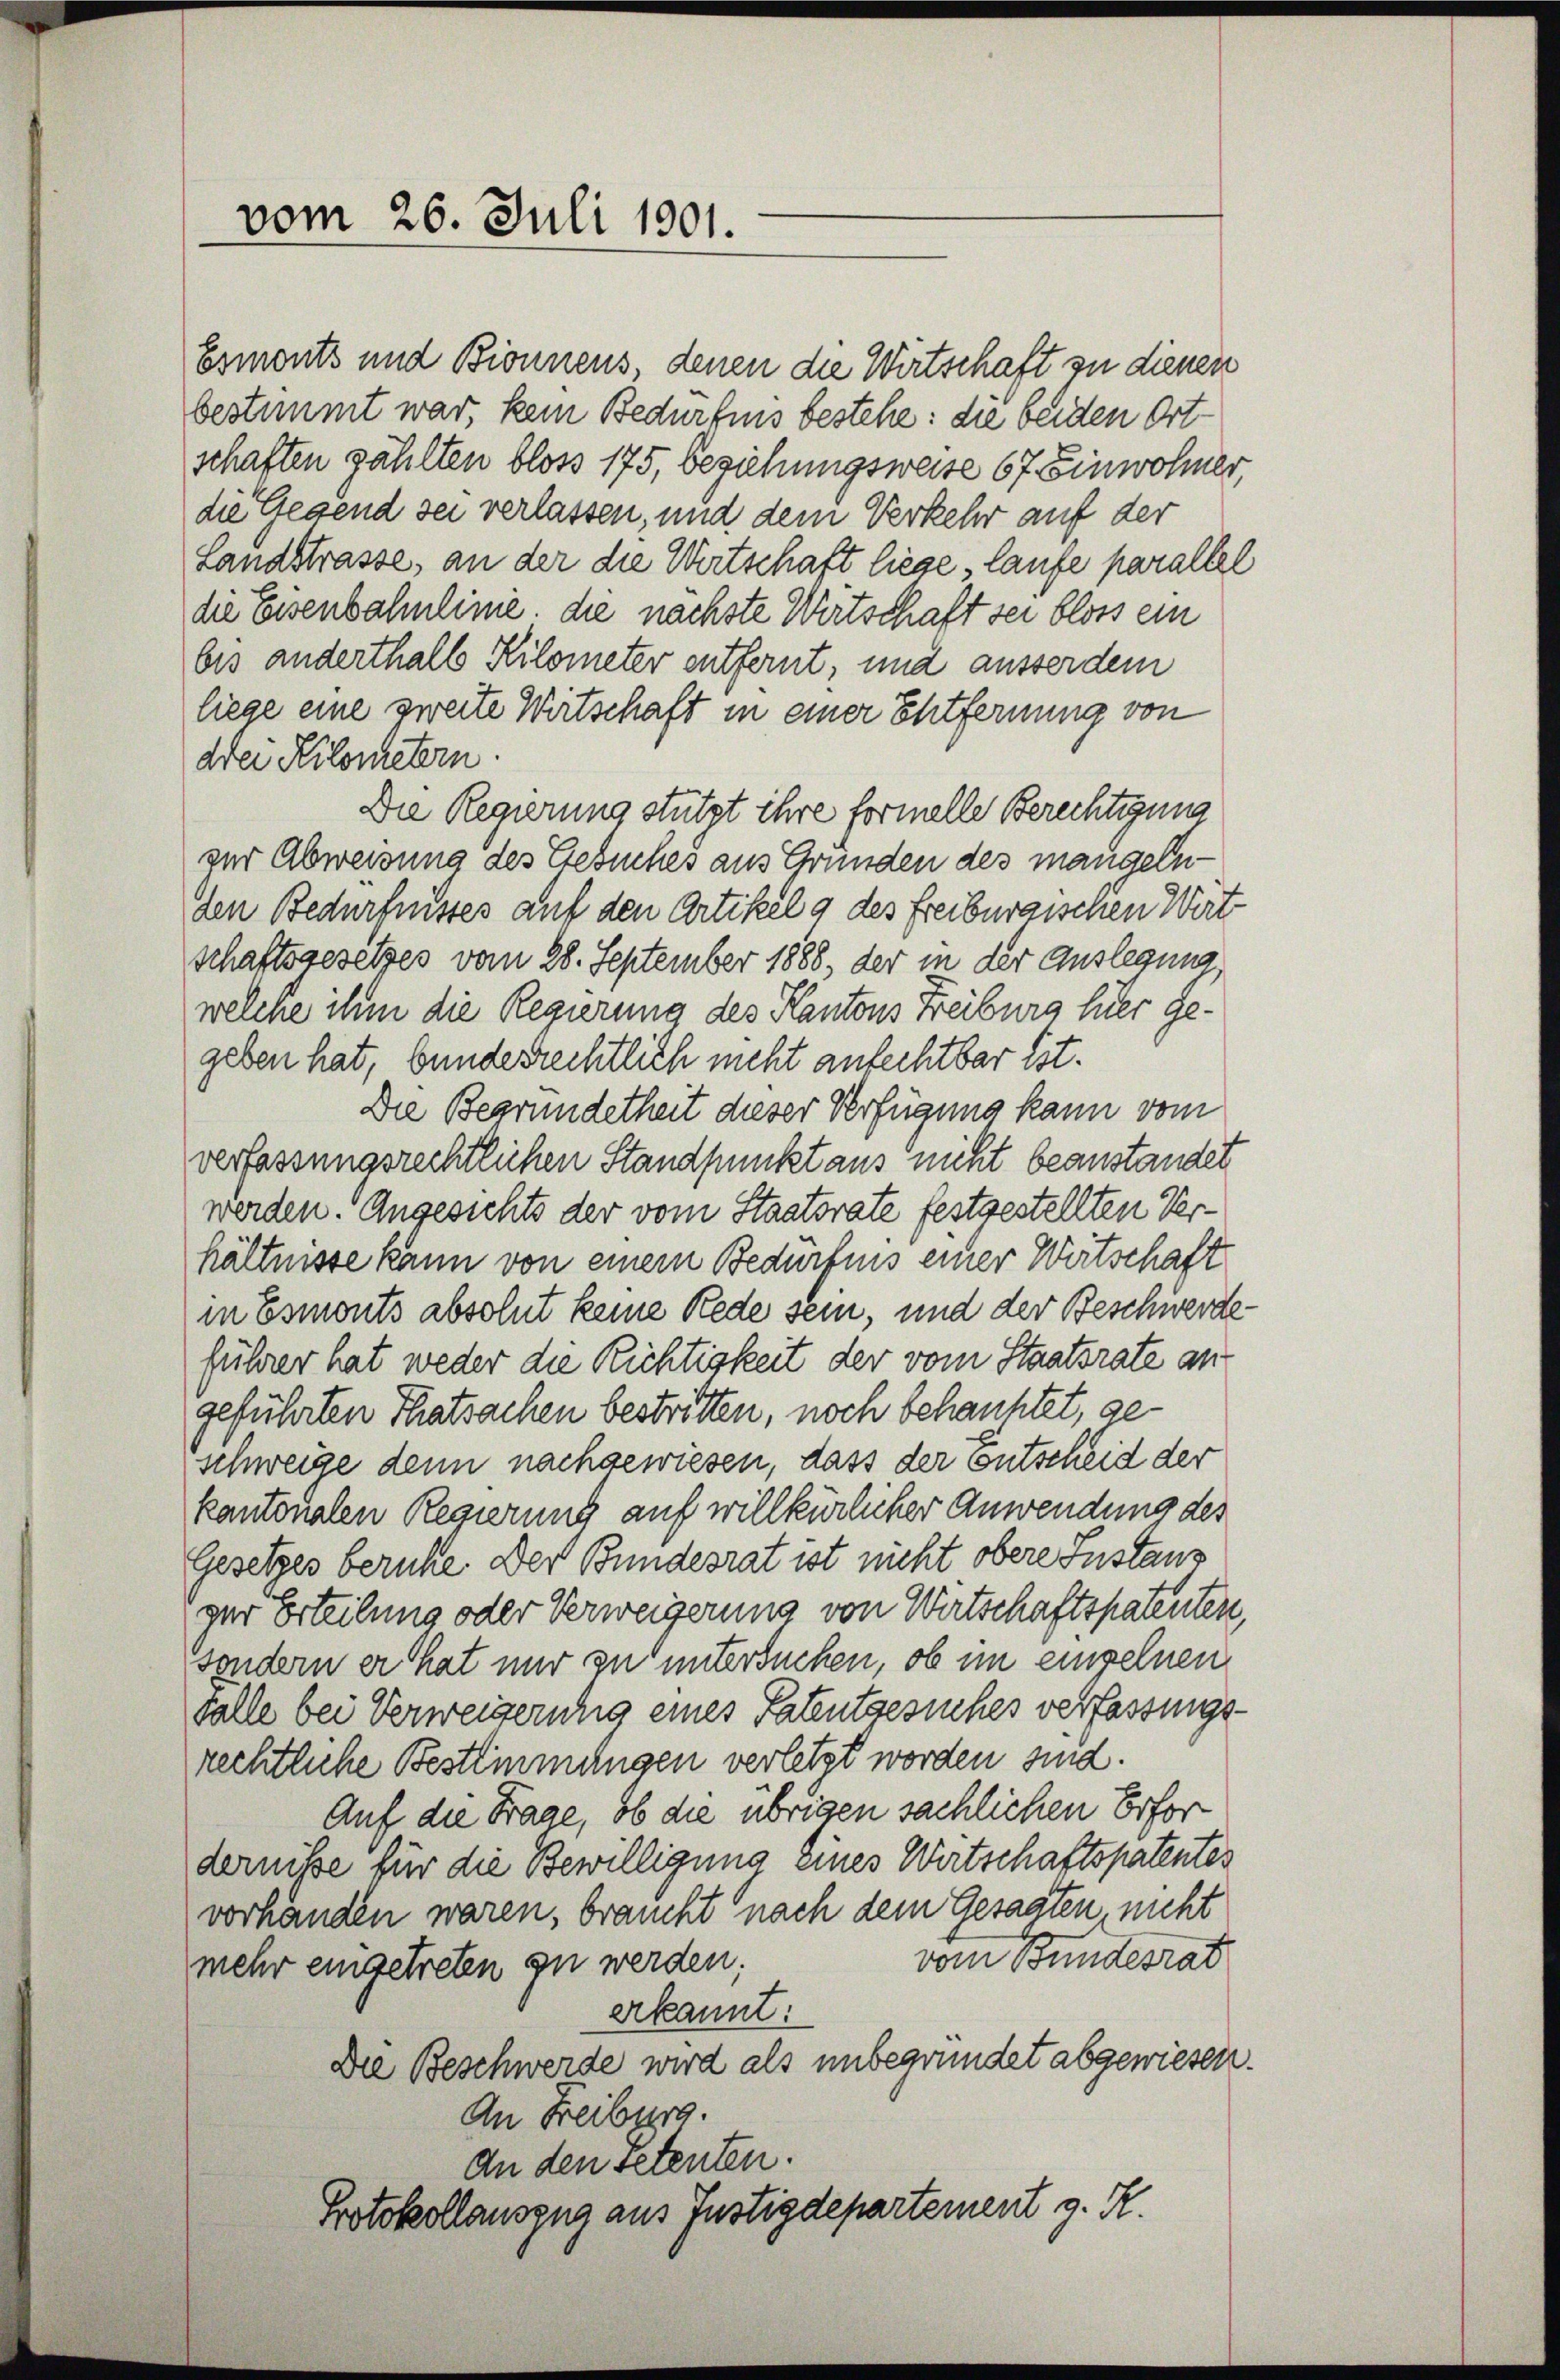
vom 26. Juli 1901.

Esmonts und Bionnens, denen die Wirtschaft zu dienen
bestimmt war, kein Bedürfnis bestehe: die beiden Ortschaften zählten bloss 175, beziehungsweise 67. Einwohner,
die Gegend sei verlassen, und dem Verkehr auf der
Landstrasse, an der die Wirtschaft liege laufe parallel
die Eisenbahnlinie, die nächste Wirtschaft sei bloss ein
bis anderthalb Kilometer entfernt, und ausser dem
liege eine zweite Wirtschaft in einer Entfernung von
drei Kilometern.
Die Regierung stutzt ihre formelle Berechtigung
der Abweisung des Gesuches aus Gründen des mangelnden Bedürfnisses auf den Artikel 9 des Freiburgischen Wirt
schaftsgesetzes vom 28. September 1888, der in der Auslegung,
welche ihm die Regierung des Kantons Freiburg hier gegeben hat, bundesrechtlich nicht anfechtbar ist.
Die Begründetheit dieser Verfügung kann vom
verfassungsrechtlichen Standpunkt aus nicht beanstandet
werden. Angesichts der vom Staatsrate festgestellten Verhältnisse kann von einem Bedürfnis einer Wirtschaft
in Esmonts absolut keine Rede sein, und der Beschwerde
führer hat weder die Richtigkeit der vom Staatsrate an
geführten Thatsachen bestritten, noch behauptet, geschweige denn nachgewiesen, dass der Entscheid der
kantonalen Regierung auf willkürlicher Anwendung des
Gesetzes beruhe. Der Bundesrat ist nicht obere Instanz
ger Erteilung oder Verweigerung von Wirtschaftspatenten,
sondern er hat nur zu untersuchen, ob im einzelnen
falle bei Verweigerung eines Patentgesuches verfassungs-
rechtliche Bestimmungen verletzt worden sind.
Auf die Frage, ob die übrigen sächlichen Erfordernisse für die Bewilligung eines Wirtschaftspatentes
vorhänden waren, braucht nach dem Gesagten, nicht
vom Bundesrat
mehr eingetreten zu werden;
erkannt:
Die Beschwerde wird als unbegründet abgewiesen.
An Freiburg.
An den setenten.
Protokollauszug aus Justizdepartement g. K